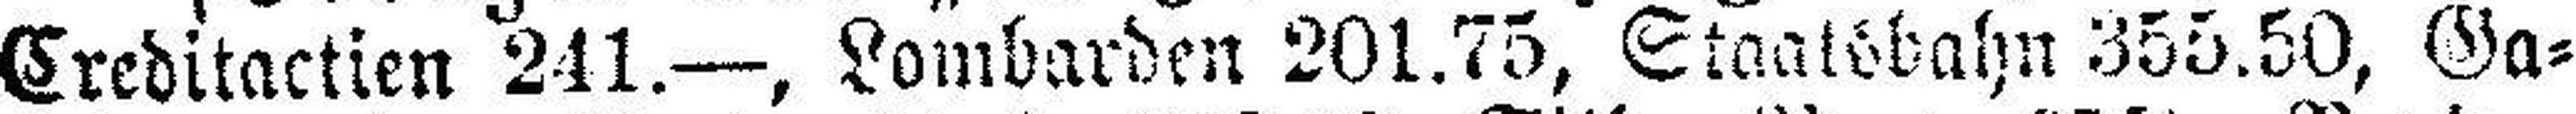
Creditactien 241.—, Lombarden 201.75, Staatsbahn 355.50, Ga¬